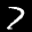
Label: 7